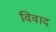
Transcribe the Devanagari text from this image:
विवाद